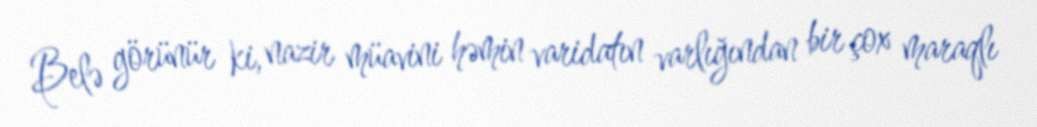
Belə görünür ki, nazir müavini həmin varidatın varlığından bir çox maraqlı